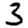
Digit: 3